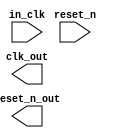
module KBandIPsubPro_clk_internal (
		input  wire  in_clk,      //       clk_in.clk
		input  wire  reset_n,     // clk_in_reset.reset_n
		output wire  clk_out,     //          clk.clk
		output wire  reset_n_out  //    clk_reset.reset_n
	);
endmodule